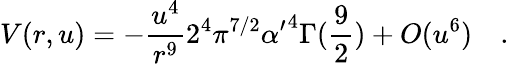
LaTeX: V(r,u)=-{\frac{u^{4}}{r^{9}}}2^{4}\pi^{7/2}{\alpha^{\prime}}^{4}\Gamma({\frac{9}{2}})+O(u^{6})\quad.